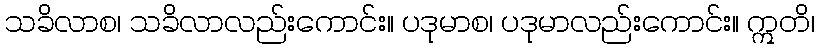
သခိလာစ၊ သခိလာလည်းကောင်း။ ပဒုမာစ၊ ပဒုမာလည်းကောင်း။ ဣတိ၊